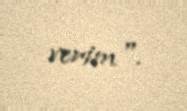
verim".